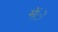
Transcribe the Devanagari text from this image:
मेंे